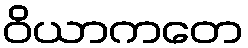
ဝိယာကတေ